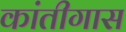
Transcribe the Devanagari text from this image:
कांतीगास